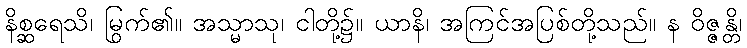
နိစ္ဆရေသိ၊ မြွက်၏။ အသ္မာသု၊ ငါတို့၌။ ယာနိ၊ အကြင်အပြစ်တို့သည်။ န ဝိဇ္ဇန္တိ၊